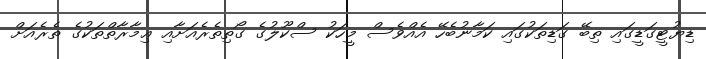
ޑިޔުޓީގަޑީގައި ތިބޭ ގަޑިތަކުގައި ކަމާނުބެހޭ އެއްވެސް މީހަކު ސްކޫލުގެ ގޯތިތެރެއަށާއި ޢިމާރާތްތަކުގެ ތެރެއަށް